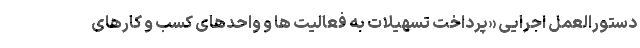
دستورالعمل اجرایی «پرداخت تسهیلات به فعالیت ها و واحدهای کسب و کارهای